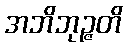
အဘိဘုဉ္ဇတိ